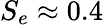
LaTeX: S_{e}\approx 0.4